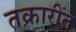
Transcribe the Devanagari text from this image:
तक्रारींत